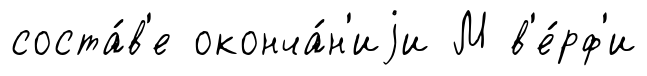
соста́в'е оконча́н'иjи М в'е́рф'и